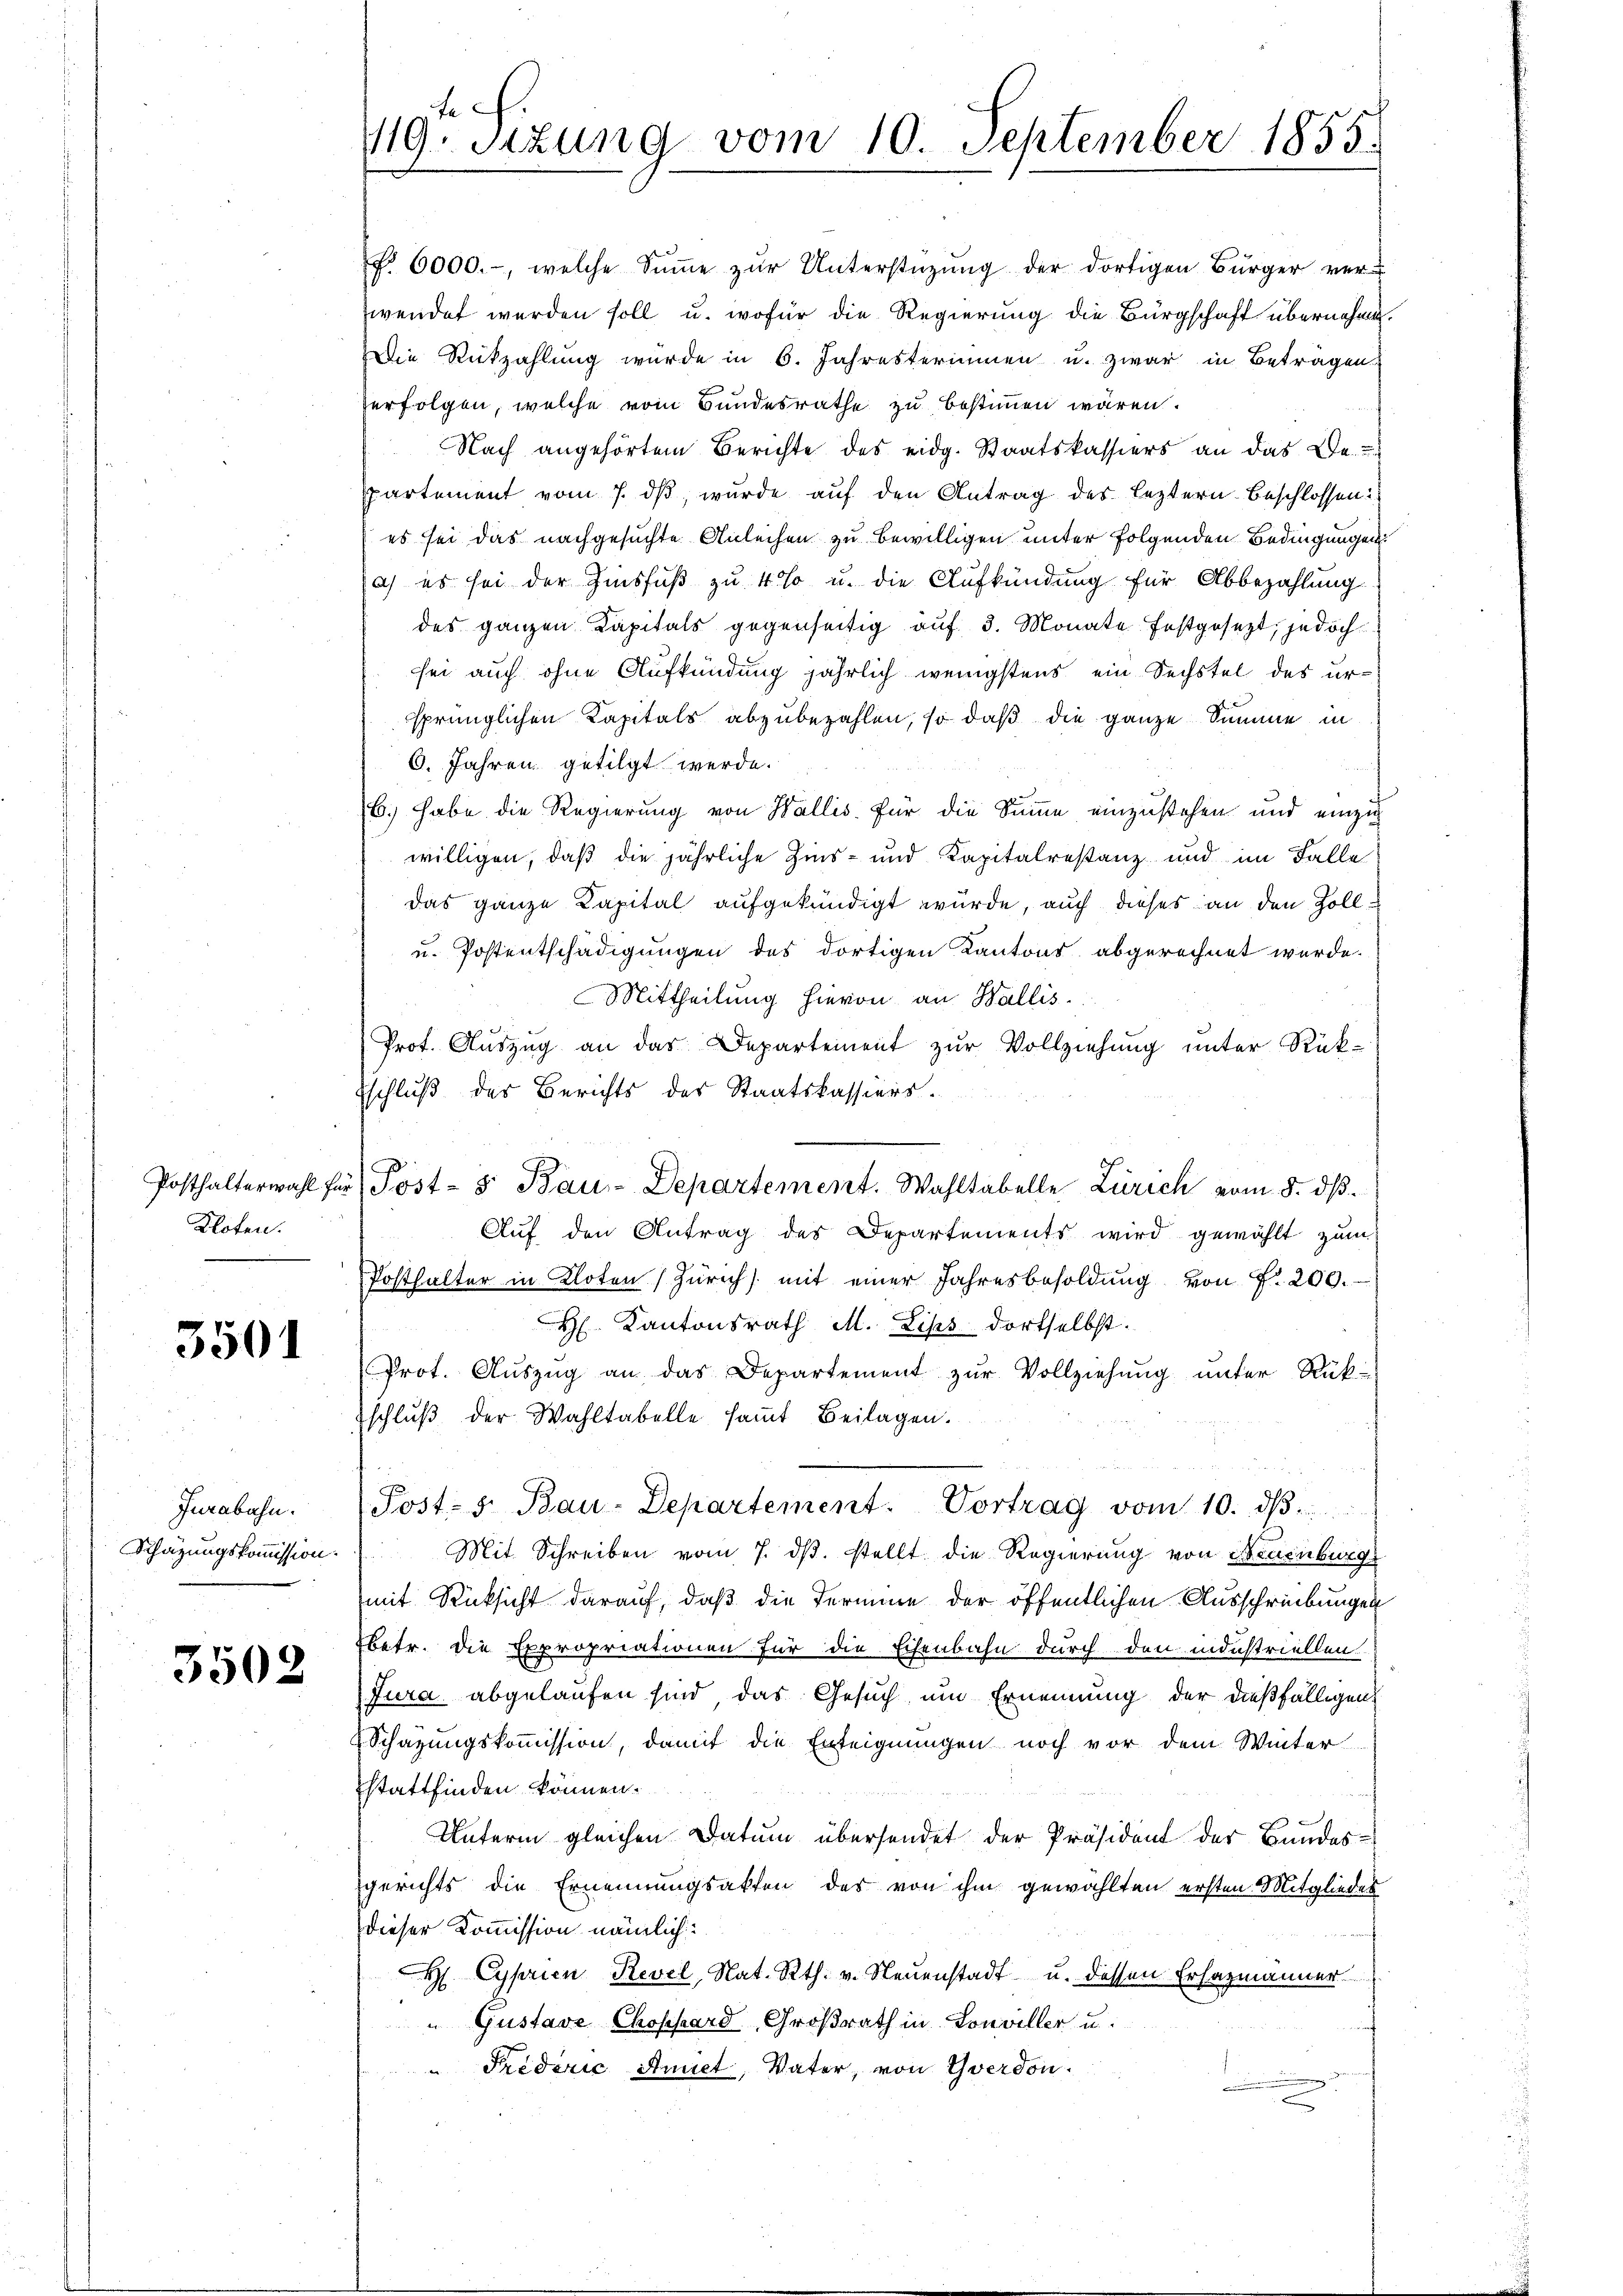
Kloten.

3501

Jurabahn.

3502

f. 6000.-, welche Sŭṁe zŭr Unterstützŭng der dortigen Bürger ver-
wendet werden soll u. wofür die Regierung die Bürgschaft übernahme.
Die Rückzahlung wurde in 6. Jahresterinnen u. zwar in Betragen
erfolgen, welche vom Bundesrathe zu bestimmen wären.
Nach angehörtem Berichte des eidg. Staatskassiers an das De-
partement vom 7. ds, wurde auf den Antrag des leztern beschlossen:
es sei das nachgesuchte Anleihen zu bewilligen unter folgenden Bedingungen
ich es sei der Zinsfuß zu 4 % u. die Aufkündung für Abbezahlung
des ganzen Kapitals gegenseitig auf 3. Monate festgesezt, jedoch
sei auch ohne Aufkündung jährlich wenigstens ein Sechstel des ursprünglichen Kapitals abzubezahlen, so daß die ganze Summe in
6. Jahren getilgt werde.
b. habe die Regierung von Wallis. Für die Summe einzustehen und einzig
willigen, daß die jährliche Zins- und Kapitalrestanz und im Falle
das ganze Kapital aufgekündigt würde, auch dieses an den Zoll
u. Postentschädigungen des dortigen Kantons abgerechnet werde.
Mittheilung hievon an Wallis.
Prot. Auszug an das Departement zŭr Vollziehung unter Rück-
schluß des Berichts des Staatskassiers.
Posthalterwahl für Post- & Bau-Departement. Wahltabelle Zürich vom 8. dβ.
Aŭf den Antrag des Departements wird gewählt zŭm
Posthalter in Kloten (Zürich mit einer Jahresbesoldŭng von P. 200.
H Kantonsrath M. Lips dortselbst.
Prot. Aŭszŭg an das Departement zŭr Vollziehŭng ŭnter Rükschlŭβ der Wahltabelle saṁt Beilagen.
Post- u. Bau-Departement. Vortrag vom 10. dβ.
Schatzŭngskoṁission. Mit Schreiben vom 7. dβ. stellt die Regierung von Neuenburgs
(mit Rücksicht darauf, daß die Termine der öffentlichen Ausschribungen
Ebetr. die Expropriationen für die Eisenbahn durch den industriellen
Jura abgelaufen sind das Gesuch um Ernennung der dießfälligen
Schazungskoṁission, damit die Enteignungen noch vor dem Winter
stattfinden können.
Unterm gleichen Datum übersendet der Präsident der Bundesgerichts die Ernennungsakten der von ihm gewählten ersten Mitgliedes
dieser Kommission nämlich:
H Cyprien Revel, Nat. Rth. v. Neuenstadt u. dessen Erfazmänner
" Gustave Chophard, Großrath in Louviller u.
Frederić Annet, Vater, von Yverdon

hef.
119. Sitzung vom 10. September 1855.